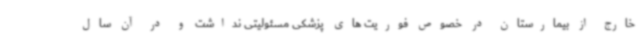
خارج از بیمارستان در خصوص فوریت های پزشکی مسئولیتی نداشت و در آن سال